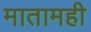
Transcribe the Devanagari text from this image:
मातामही